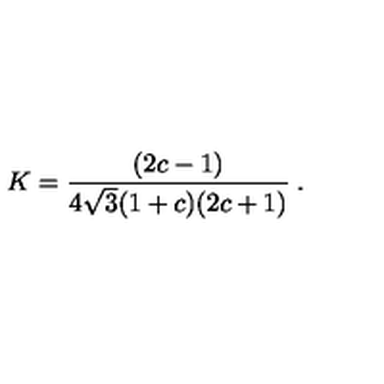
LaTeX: K = \frac { ( 2 c - 1 ) } { 4 \sqrt { 3 } ( 1 + c ) ( 2 c + 1 ) } \: .